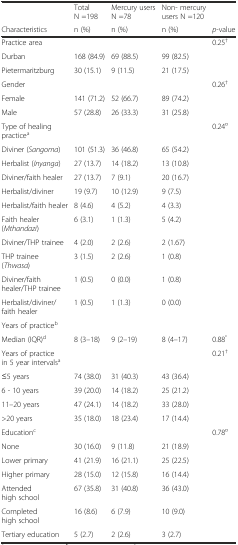
<table><thead><tr><td></td><td><b>Total N =198</b></td><td><b>Mercury users N =78</b></td><td><b>Non- mercury users N =120</b></td><td></td></tr><tr><td><b>Characteristics</b></td><td><b>n (%)</b></td><td><b>n (%)</b></td><td><b>n (%)</b></td><td><b><i>p</i>-value</b></td></tr></thead><tbody><tr><td>Practice area</td><td></td><td></td><td></td><td>0.25<sup>†</sup></td></tr><tr><td>Durban</td><td>168 (84.9)</td><td>69 (88.5)</td><td>99 (82.5)</td><td></td></tr><tr><td>Pietermaritzburg</td><td>30 (15.1)</td><td>9 (11.5)</td><td>21 (17.5)</td><td></td></tr><tr><td>Gender</td><td></td><td></td><td></td><td>0.26<sup>†</sup></td></tr><tr><td>Female</td><td>141 (71.2)</td><td>52 (66.7)</td><td>89 (74.2)</td><td></td></tr><tr><td>Male</td><td>57 (28.8)</td><td>26 (33.3)</td><td>31 (25.8)</td><td></td></tr><tr><td>Type of healing practice<sup>a</sup></td><td></td><td></td><td></td><td>0.24<sup>¤</sup></td></tr><tr><td>Diviner (<i>Sangoma</i>)</td><td>101 (51.3)</td><td>36 (46.8)</td><td>65 (54.2)</td><td></td></tr><tr><td>Herbalist (<i>Inyanga</i>)</td><td>27 (13.7)</td><td>14 (18.2)</td><td>13 (10.8)</td><td></td></tr><tr><td>Diviner/faith healer</td><td>27 (13.7)</td><td>7 (9.1)</td><td>20 (16.7)</td><td></td></tr><tr><td>Herbalist/diviner</td><td>19 (9.7)</td><td>10 (12.9)</td><td>9 (7.5)</td><td></td></tr><tr><td>Herbalist/faith healer</td><td>8 (4.6)</td><td>4 (5.2)</td><td>4 (3.3)</td><td></td></tr><tr><td>Faith healer (<i>Mthandazi</i>)</td><td>6 (3.1)</td><td>1 (1.3)</td><td>5 (4.2)</td><td></td></tr><tr><td>Diviner/THP trainee</td><td>4 (2.0)</td><td>2 (2.6)</td><td>2 (1.67)</td><td></td></tr><tr><td>THP trainee (<i>Thwasa</i>)</td><td>3 (1.5)</td><td>2 (2.6)</td><td>1 (0.8)</td><td></td></tr><tr><td>Diviner/faith healer/THP trainee</td><td>1 (0.5)</td><td>0 (0.0)</td><td>1 (0.8)</td><td></td></tr><tr><td>Herbalist/diviner/faith healer</td><td>1 (0.5)</td><td>1 (1.3)</td><td>0 (0.0)</td><td></td></tr><tr><td>Years of practice<sup>b</sup></td><td></td><td></td><td></td><td></td></tr><tr><td>Median (IQR)<sup>d</sup></td><td>8 (3–18)</td><td>9 (2–19)</td><td>8 (4–17)</td><td>0.88<sup>°</sup></td></tr><tr><td>Years of practice in 5 year intervals<sup>a</sup></td><td></td><td></td><td></td><td>0.21<sup>†</sup></td></tr><tr><td>≤5 years</td><td>74 (38.0)</td><td>31 (40.3)</td><td>43 (36.4)</td><td></td></tr><tr><td>6 - 10 years</td><td>39 (20.0)</td><td>14 (18.2)</td><td>25 (21.2)</td><td></td></tr><tr><td>11–20 years</td><td>47 (24.1)</td><td>14 (18.2)</td><td>33 (28.0)</td><td></td></tr><tr><td>&gt;20 years</td><td>35 (18.0)</td><td>18 (23.4)</td><td>17 (14.4)</td><td></td></tr><tr><td>Education<sup>c</sup></td><td></td><td></td><td></td><td>0.78<sup>¤</sup></td></tr><tr><td>None</td><td>30 (16.0)</td><td>9 (11.8)</td><td>21 (18.9)</td><td></td></tr><tr><td>Lower primary</td><td>41 (21.9)</td><td>16 (21.1)</td><td>25 (22.5)</td><td></td></tr><tr><td>Higher primary</td><td>28 (15.0)</td><td>12 (15.8)</td><td>16 (14.4)</td><td></td></tr><tr><td>Attended high school</td><td>67 (35.8)</td><td>31 (40.8)</td><td>36 (43.0)</td><td></td></tr><tr><td>Completed high school</td><td>16 (8.6)</td><td>6 (7.9)</td><td>10 (9.0)</td><td></td></tr><tr><td>Tertiary education</td><td>5 (2.7)</td><td>2 (2.6)</td><td>3 (2.7)</td><td></td></tr></tbody></table>